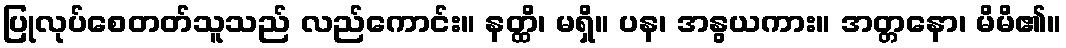
ပြုလုပ်စေတတ်သူသည် လည်ကောင်း။ နတ္ထိ၊ မရှိ။ ပန၊ အနွယကား။ အတ္တနော၊ မိမိ၏။